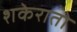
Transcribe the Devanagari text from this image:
शकेरातो